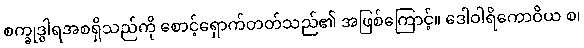
စက္ခုဒွါရအစရှိသည်ကို စောင့်ရှောက်တတ်သည်၏ အဖြစ်ကြောင့်။ ဒေါဝါရိကောဝိယ စ၊